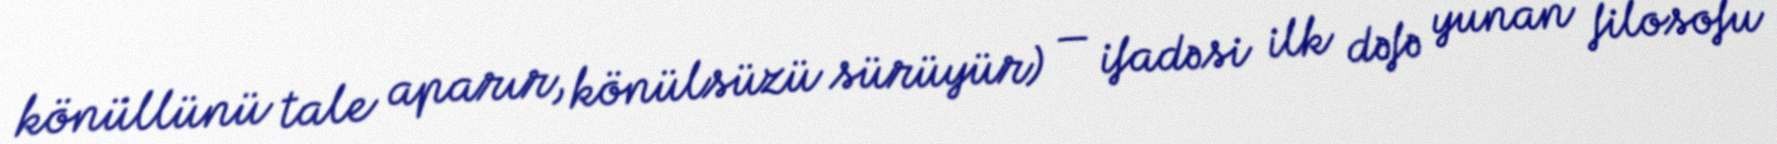
könüllünü tale aparır, könülsüzü sürüyür) — ifadəsi ilk dəfə yunan filosofu